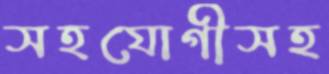
সহযোগীসহ